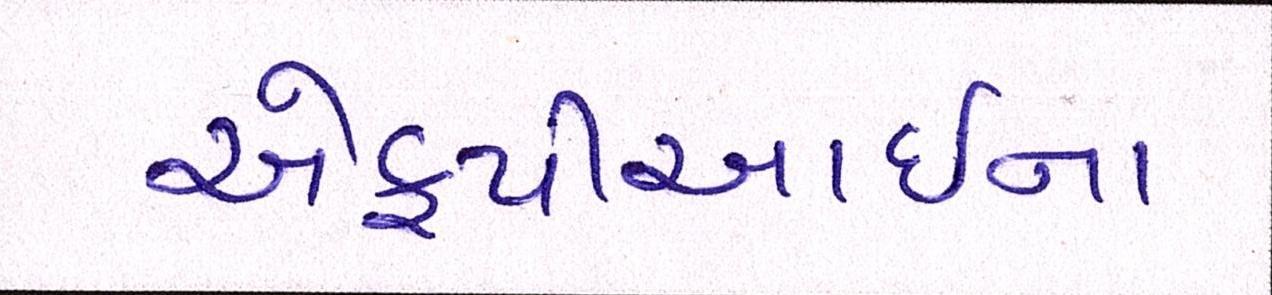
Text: એફપીઆઇના